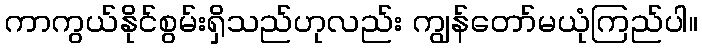
ကာကွယ်နိုင်စွမ်းရှိသည်ဟုလည်း ကျွန်တော်မယုံကြည်ပါ။